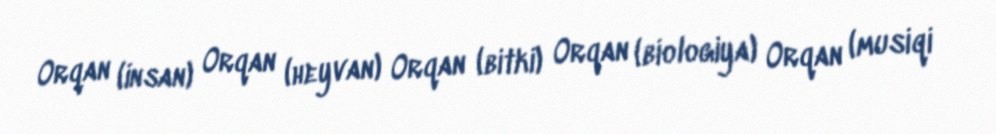
Orqan (insan) Orqan (heyvan) Orqan (bitki) Orqan (biologiya) Orqan (musiqi